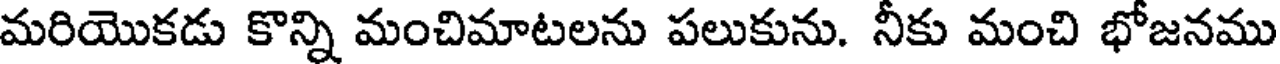
మరియొకడు కొన్ని మంచిమాటలను పలుకును. నీకు మంచి భోజనము